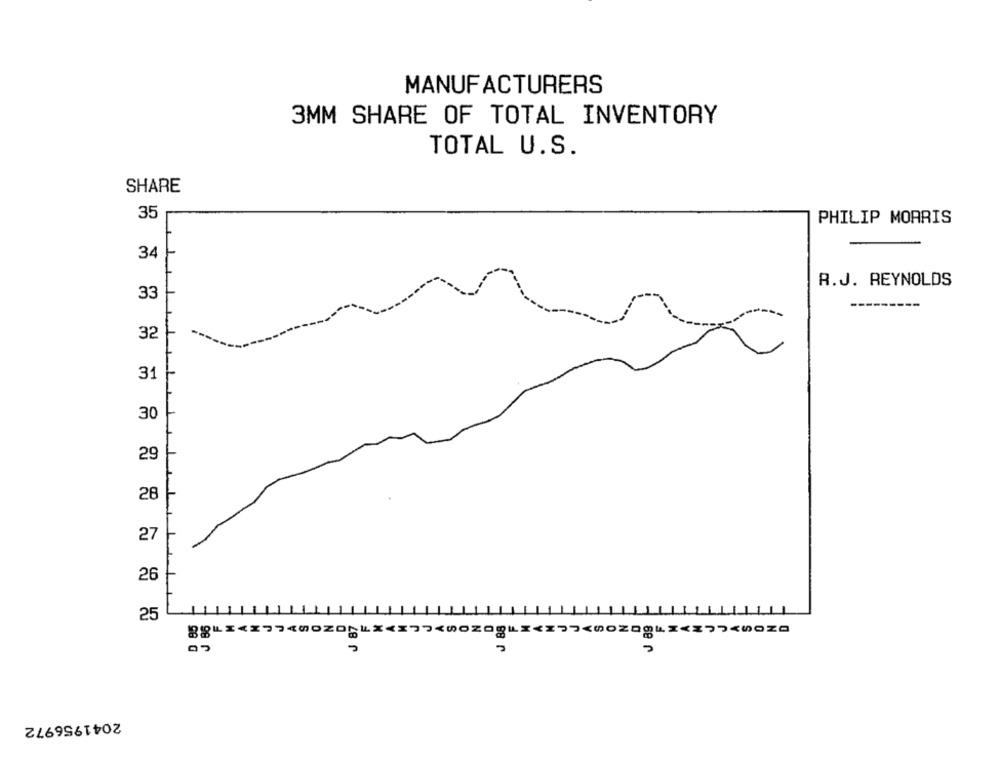
MANUFACTURERS
3MM SHARE OF TOTAL INVENTORY
TOTAL U.S.
SHARE
35
PHILIP MORRIS
1
34
R.J. REYNOLDS
33
32
31
30
29
27
26
25
J 88
00
2041956972